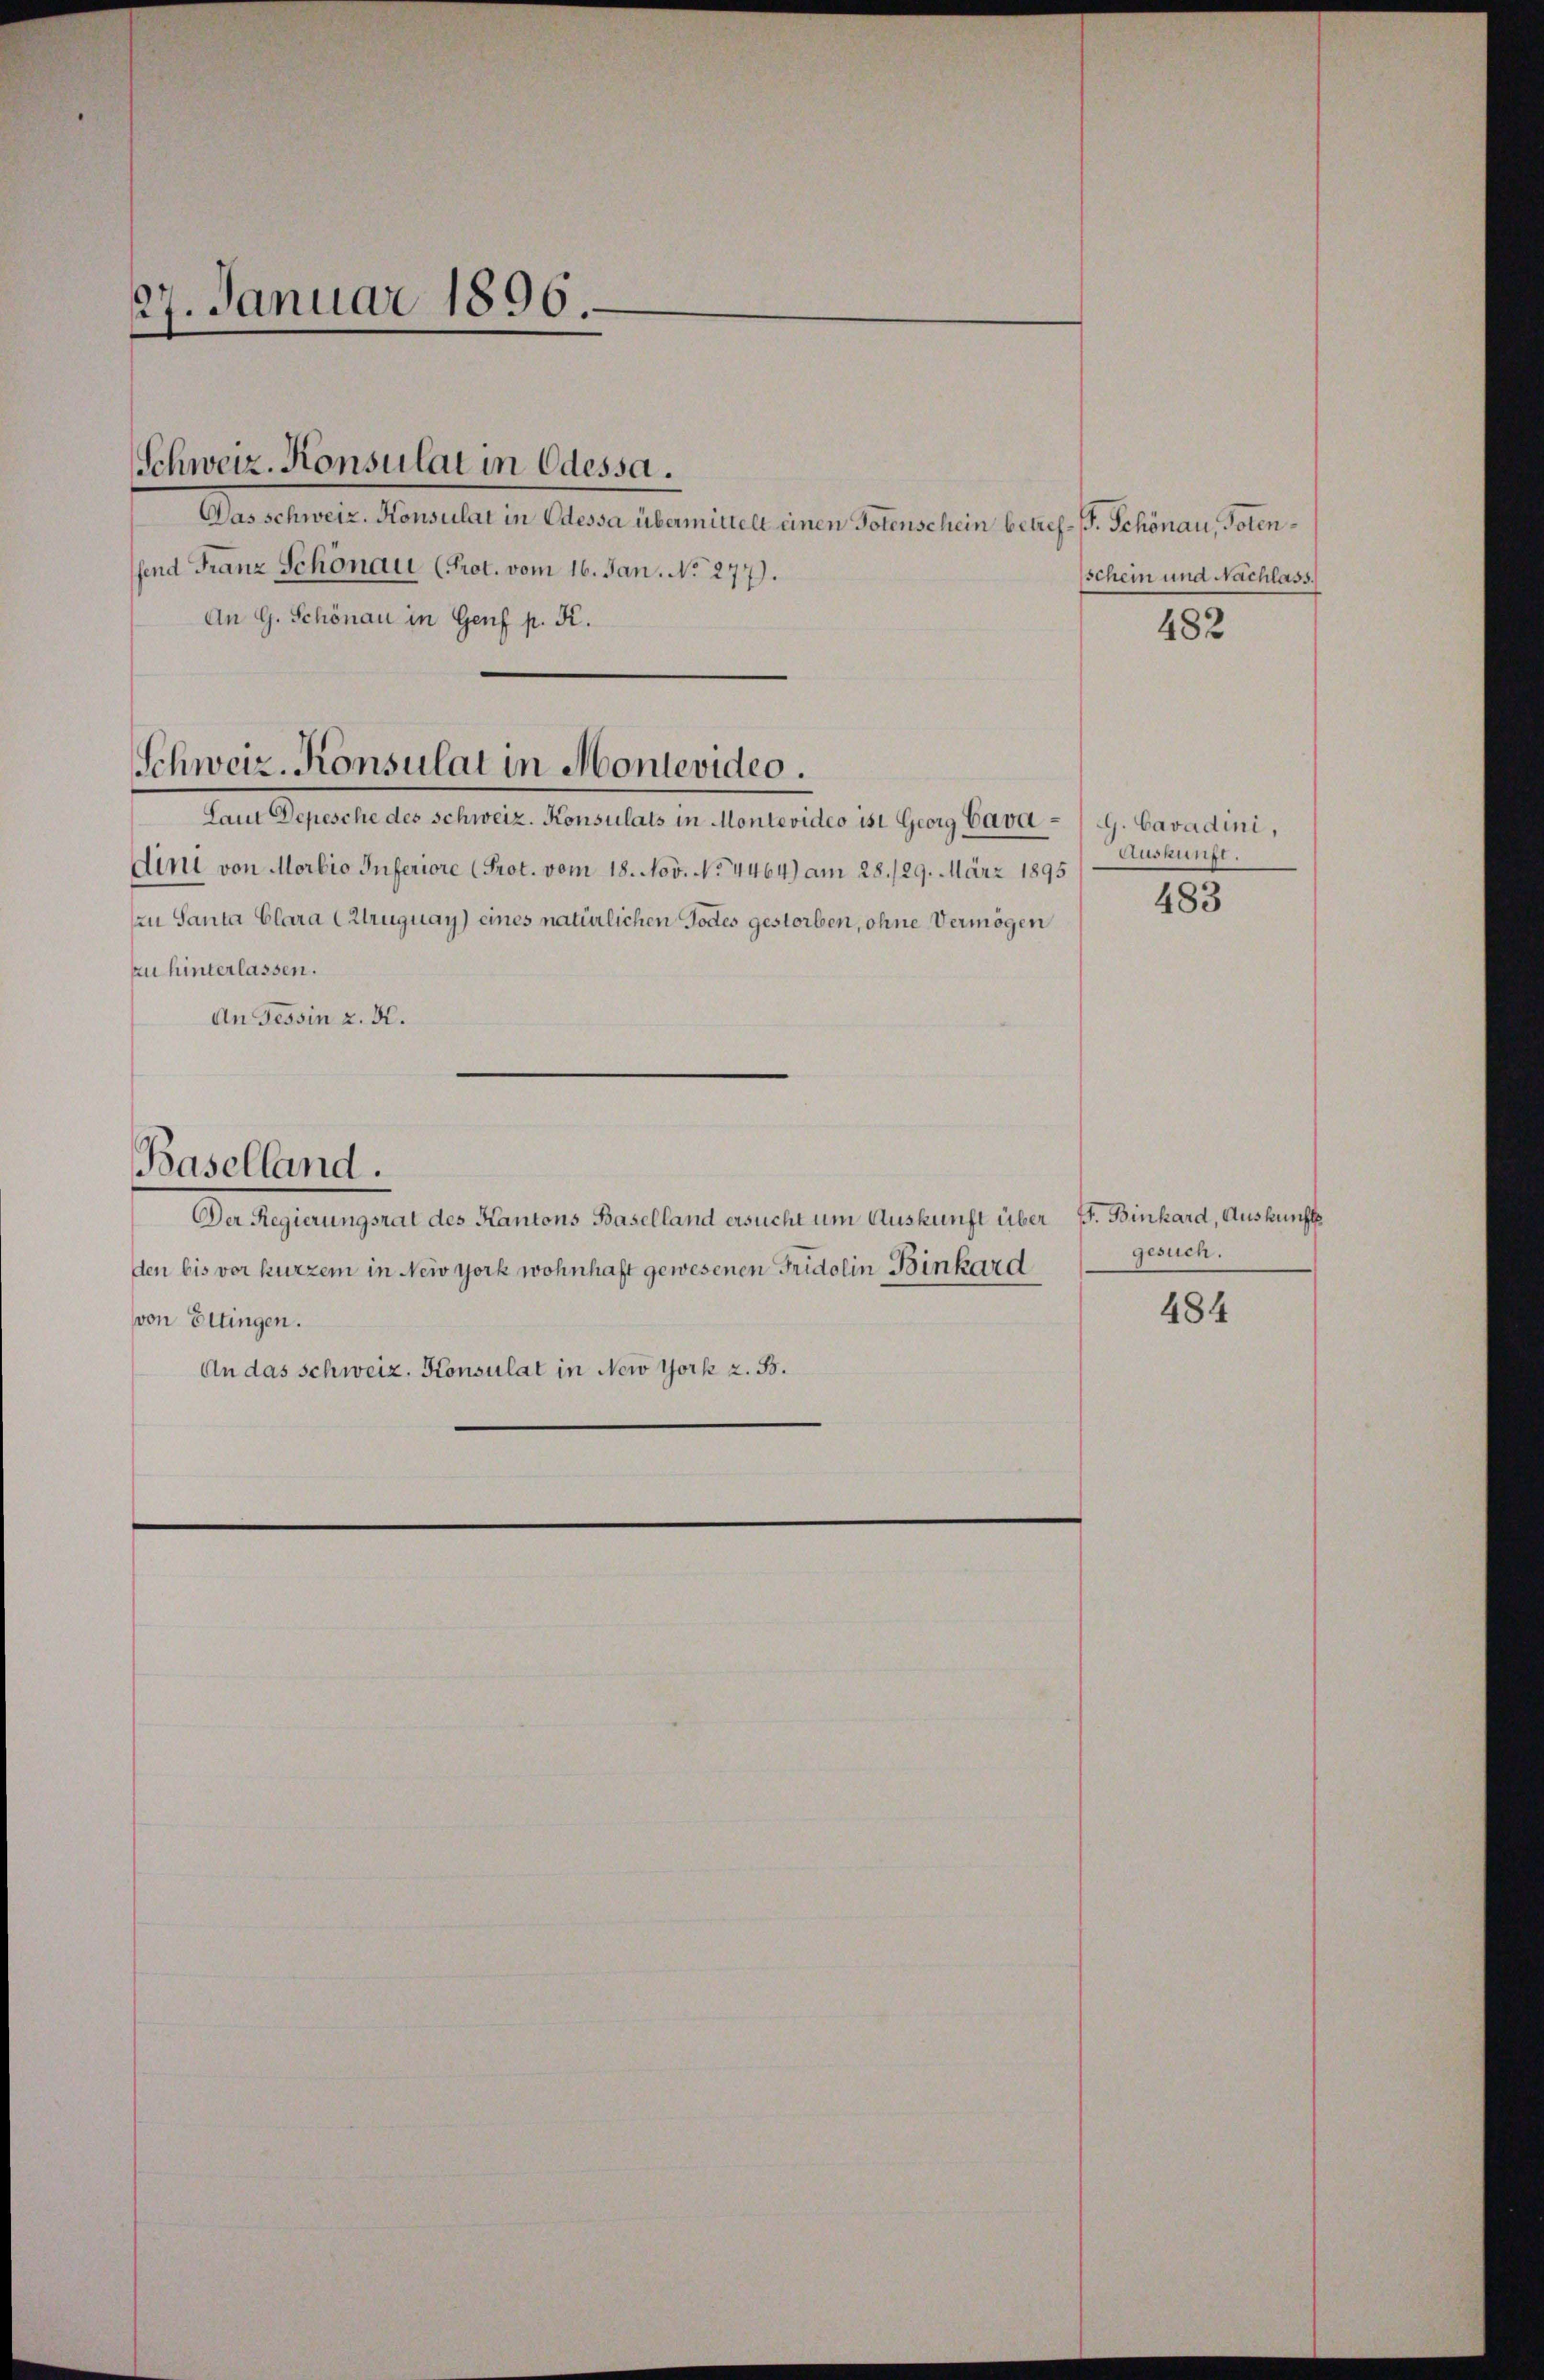
27. Januar 1896.

Das schweiz. Konsulat in Odessa übermittelt einen Totenschein betref- B. Schönau, Potenfend Franz Schönau (Prot. vom 16. Jan. No 277).
An G. Schönau in Genf p. K.
Laut Depesche des Schweiz. Konsulats in Montevideo ist Georg Cava-/G. Cavadini,
Aini von Morbio Inferiore (Prot. vom 18. Nov. No 4464) am 28./29. März 1895
zu Santa Clara Cztruguay) eines natürlichen Todes gestorben, ohne Vermögen
zu hinterlassen.
An Tessin z. B.
Baselland.
Der Regierungsrat des Kantons Baselland ersucht um Auskunft über F. Binhard, Auskunft
den bis vor kurzem in New York wohnhaft gewesenen Fridolin Binkard
von Ettingen.
An das Schweiz. Konsulat in New York z. B.

Schweiz. Konsulat in Odessa.

Schweiz. Konsulat in Montevideo.

schein und Nachlass.
482

Auskunst.

483

gesuch.

484